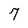
Character: 7